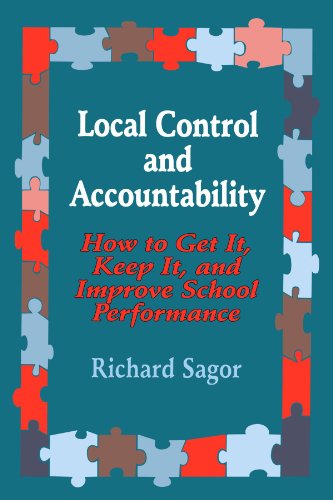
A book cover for Local Control and Accountability: How to Get It, Keep It, and Improve School Performance; Richard D. Sagor; Education & Teaching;